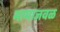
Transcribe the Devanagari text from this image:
मामाजवळ